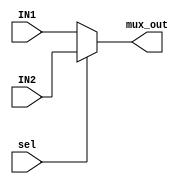
module TwoToOne_mux #(parameter WIDTH = 32)
(
	input wire [WIDTH-1:0]  IN1,
	input wire [WIDTH-1:0]  IN2,
	input wire 			    sel,
	output wire	[WIDTH-1:0] mux_out
);

	assign mux_out = (~sel) ? IN1 : IN2 ;


endmodule